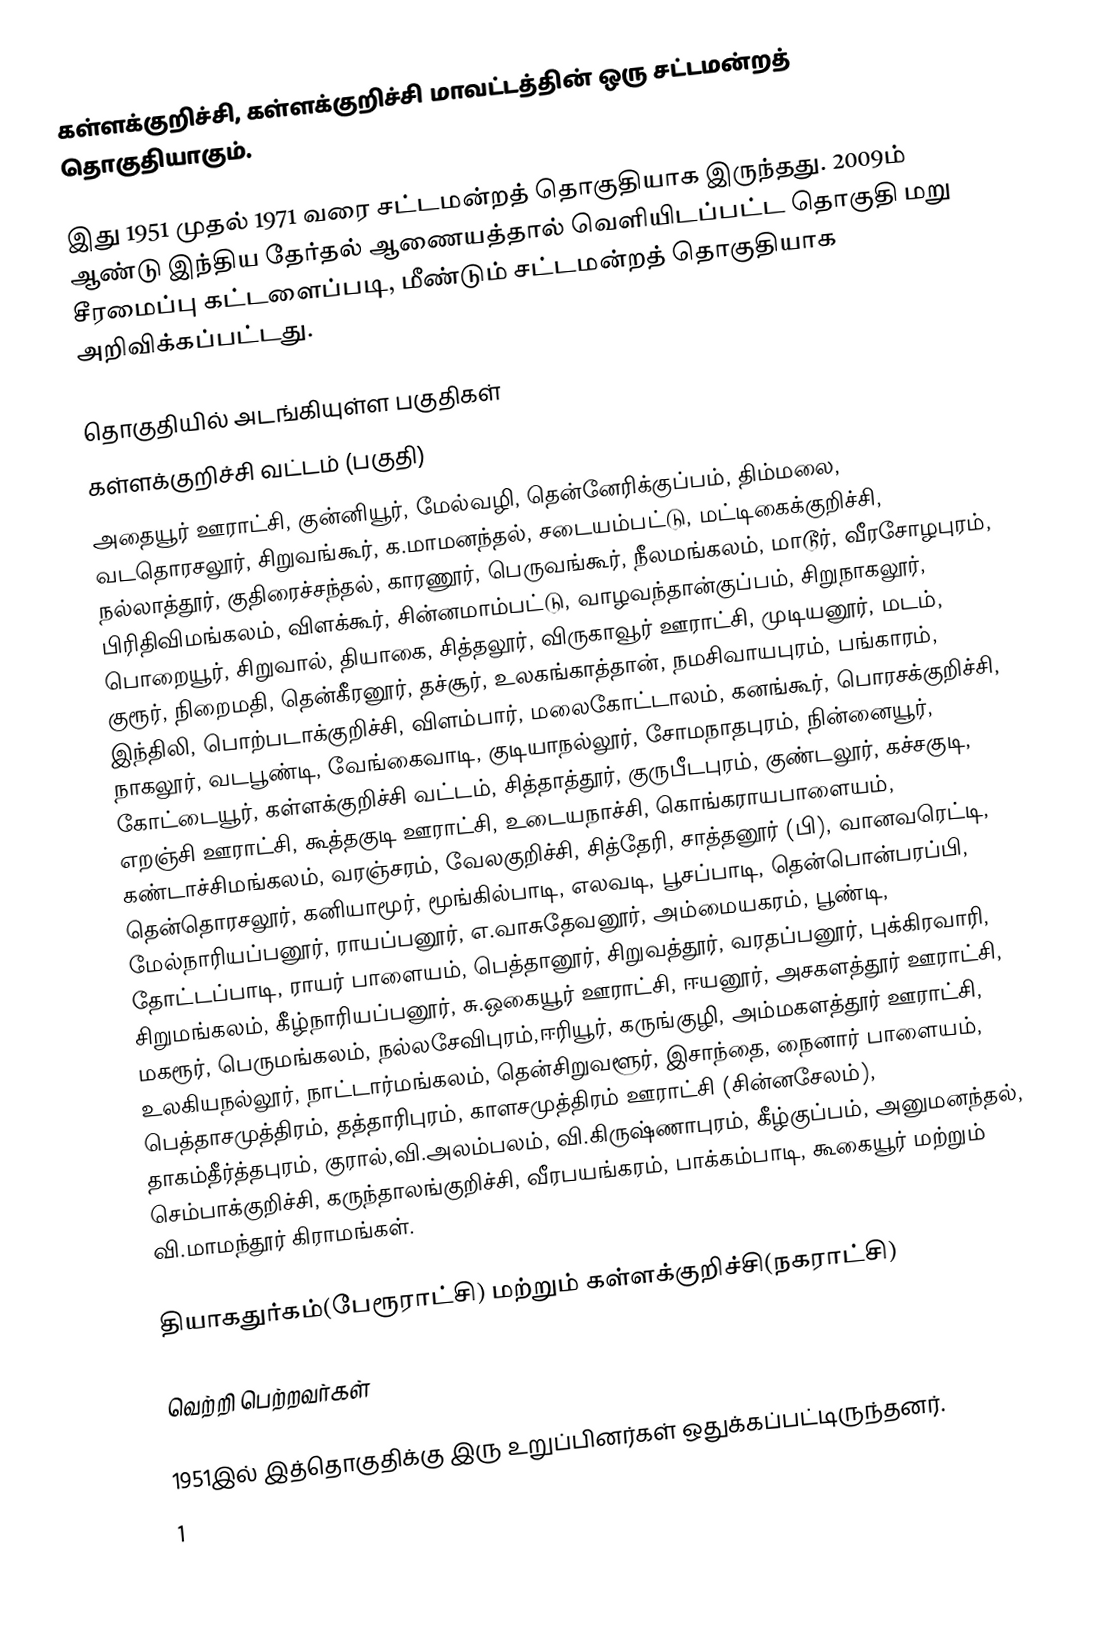
கள்ளக்குறிச்சி, கள்ளக்குறிச்சி மாவட்டத்தின் ஒரு சட்டமன்றத் தொகுதியாகும்.

இது 1951 முதல் 1971 வரை சட்டமன்றத் தொகுதியாக இருந்தது. 2009ம் ஆண்டு இந்திய தேர்தல் ஆணையத்தால் வெளியிடப்பட்ட தொகுதி மறு சீரமைப்பு கட்டளைப்படி,  மீண்டும் சட்டமன்றத் தொகுதியாக அறிவிக்கப்பட்டது.

தொகுதியில் அடங்கியுள்ள பகுதிகள்
கள்ளக்குறிச்சி வட்டம் (பகுதி)
அதையூர் ஊராட்சி, குன்னியூர், மேல்வழி, தென்னேரிக்குப்பம், திம்மலை, வடதொரசலூர், சிறுவங்கூர், க.மாமனந்தல், சடையம்பட்டு, மட்டிகைக்குறிச்சி, நல்லாத்தூர், குதிரைச்சந்தல், காரணூர், பெருவங்கூர், நீலமங்கலம், மாடூர், வீரசோழபுரம், பிரிதிவிமங்கலம், விளக்கூர், சின்னமாம்பட்டு, வாழவந்தான்குப்பம், சிறுநாகலூர், பொறையூர், சிறுவால், தியாகை, சித்தலூர், விருகாவூர் ஊராட்சி, முடியனூர், மடம், குரூர், நிறைமதி, தென்கீரனூர், தச்சூர், உலகங்காத்தான், நமசிவாயபுரம், பங்காரம், இந்திலி, பொற்படாக்குறிச்சி, விளம்பார், மலைகோட்டாலம், கனங்கூர், பொரசக்குறிச்சி, நாகலூர், வடபூண்டி, வேங்கைவாடி, குடியாநல்லூர், சோமநாதபுரம், நின்னையூர், கோட்டையூர், கள்ளக்குறிச்சி வட்டம், சித்தாத்தூர், குருபீடபுரம், குண்டலூர், கச்சகுடி, எறஞ்சி ஊராட்சி, கூத்தகுடி ஊராட்சி, உடையநாச்சி, கொங்கராயபாளையம், கண்டாச்சிமங்கலம், வரஞ்சரம், வேலகுறிச்சி, சித்தேரி, சாத்தனூர் (பி), வானவரெட்டி, தென்தொரசலூர், கனியாமூர், மூங்கில்பாடி, எலவடி, பூசப்பாடி, தென்பொன்பரப்பி, மேல்நாரியப்பனூர், ராயப்பனூர், எ.வாசுதேவனூர், அம்மையகரம், பூண்டி, தோட்டப்பாடி, ராயர் பாளையம், பெத்தானூர், சிறுவத்தூர், வரதப்பனூர், புக்கிரவாரி, சிறுமங்கலம், கீழ்நாரியப்பனூர், சு.ஒகையூர் ஊராட்சி, ஈயனூர், அசகளத்தூர் ஊராட்சி, மகரூர், பெருமங்கலம், நல்லசேவிபுரம்,ஈரியூர், கருங்குழி, அம்மகளத்தூர் ஊராட்சி, உலகியநல்லூர், நாட்டார்மங்கலம், தென்சிறுவளூர், இசாந்தை, நைனார் பாளையம், பெத்தாசமுத்திரம், தத்தாரிபுரம், காளசமுத்திரம் ஊராட்சி (சின்னசேலம்), தாகம்தீர்த்தபுரம், குரால்,வி.அலம்பலம், வி.கிருஷ்ணாபுரம், கீழ்குப்பம், அனுமனந்தல், செம்பாக்குறிச்சி, கருந்தாலங்குறிச்சி, வீரபயங்கரம், பாக்கம்பாடி, கூகையூர் மற்றும் வி.மாமந்தூர் கிராமங்கள்.

தியாகதுர்கம்(பேரூராட்சி) மற்றும் கள்ளக்குறிச்சி(நகராட்சி)

வெற்றி பெற்றவர்கள்

1951இல் இத்தொகுதிக்கு இரு உறுப்பினர்கள் ஒதுக்கப்பட்டிருந்தனர்.
1